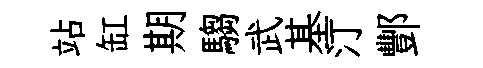
站缸期騶武基汀酆